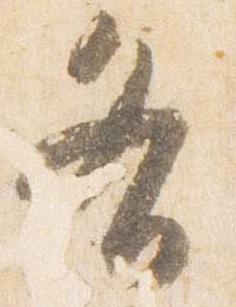
各